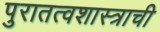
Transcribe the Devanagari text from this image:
पुरातत्वशास्त्राची